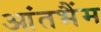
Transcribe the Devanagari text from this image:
आंतभैंम